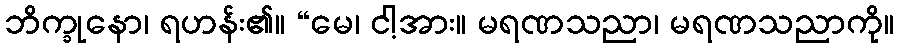
ဘိက္ခုနော၊ ရဟန်း၏။ “မေ၊ ငါ့အား။ မရဏသညာ၊ မရဏသညာကို။